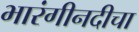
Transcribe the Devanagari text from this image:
भारंगीनदीचा